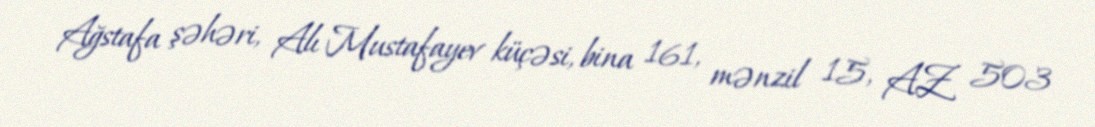
Ağstafa şəhəri, Alı Mustafayev küçəsi, bina 161, mənzil 15, AZ 503